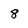
Character: 8